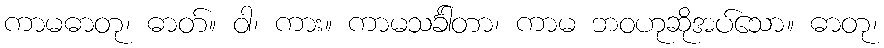
ကာမဓာတု၊ ဓာတ်။ ဝါ၊ ကား။ ကာမသင်္ခါတာ၊ ကာမ ဘဝဟုဆိုအပ်သော။ ဓာတု၊